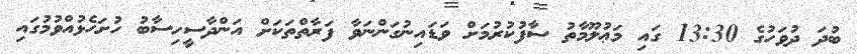
ބުދަ ދުވަހުގެ 13:30 ގައި މަޢުލޫމާތު ސާފުކުރުމަށް ވަޑައިނުގަންނަވާ ފަރާތްތަކަށް އަންދާސީހިސާބު ހުށަހެޅުއްވުމުގައި